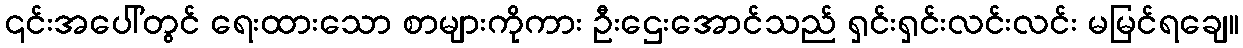
၎င်းအပေါ်တွင် ရေးထားသော စာများကိုကား ဦးဌေးအောင်သည် ရှင်းရှင်းလင်းလင်း မမြင်ရချေ။